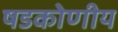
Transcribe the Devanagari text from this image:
षडकोणीय